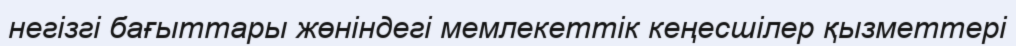
негізгі бағыттары жөніндегі мемлекеттік кеңесшілер қызметтері